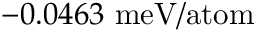
- 0 . 0 4 6 3 \ \mathrm { m e V / a t o m }